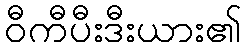
ဝီကီပီးဒီးယား၏